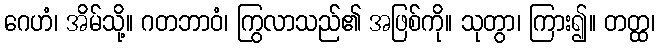
ဂေဟံ၊ အိမ်သို့။ ဂတဘာဝံ၊ ကြွလာသည်၏ အဖြစ်ကို။ သုတွာ၊ ကြား၍။ တတ္ထ၊